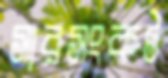
সারসংকট